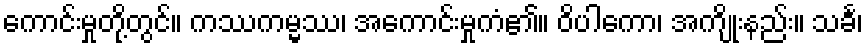
ကောင်းမှုတို့တွင်။ ကဿကမ္မဿ၊ အကောင်းမှုကံ၏။ ဝိပါကော၊ အကျိုးနည်း။ သင်္ခ၊